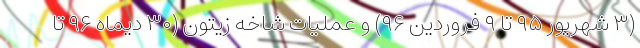
(۳ شهریور ۹۵ تا ۹ فروردین ۹۶) و عملیات شاخه زیتون (۳۰ دیماه ۹۶ تا